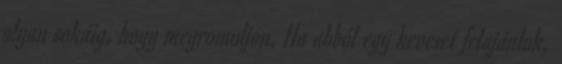
olyan sokáig, hogy megromoljon. Ha abból egy keveset felajánlok,